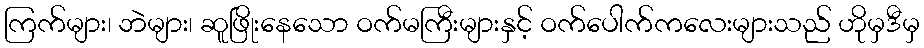
ကြက်များ၊ ဘဲများ၊ ဆူဖြိုးနေသော ဝက်မကြီးများနှင့် ဝက်ပေါက်ကလေးများသည် ဟိုမှဒီမှ